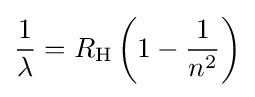
{\frac {1}{\lambda }}=R_{\text{H}}\left(1-{\frac {1}{n^{2}}}\right)